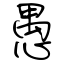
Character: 愚